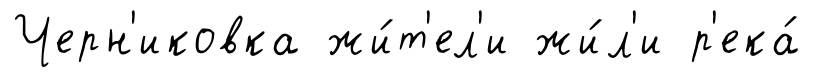
Черн'иковка жи́т'ел'и жи́л'и р'ека́